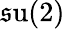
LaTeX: \operatorname{\mathfrak{s}u}(2)